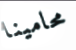
محامينا